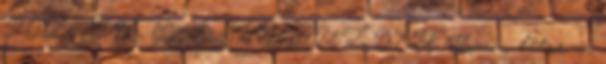
POL, SVK, CZE, SVN, AUT, DEU Hozzon létre az